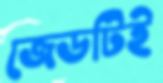
জেডটিই